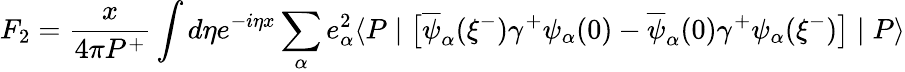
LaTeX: F_{2}={\frac{x}{4\pi P^{+}}}\int d\eta e^{-i\eta x}\sum_{\alpha}e_{\alpha}^{2}\langle P\mid\big[\overline{{{\psi}}}_{\alpha}(\xi^{-})\gamma^{+}\psi_{\alpha}(0)-\overline{{{\psi}}}_{\alpha}(0)\gamma^{+}\psi_{\alpha}(\xi^{-})\big]\mid P\rangle